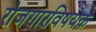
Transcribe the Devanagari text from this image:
रोजगारविषयक